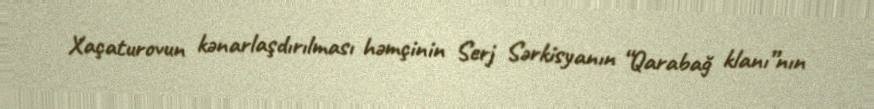
Xaçaturovun kənarlaşdırılması həmçinin Serj Sərkisyanın “Qarabağ klanı”nın